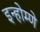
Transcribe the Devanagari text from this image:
इन्होम्णे